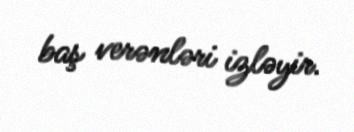
baş verənləri izləyir.